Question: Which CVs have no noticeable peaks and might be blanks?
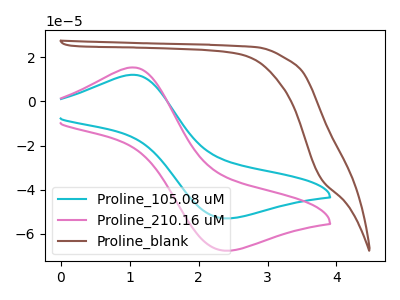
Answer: <think>The cyan curve "Proline_105.08 uM" has an anodic peak at (1.05V, 12.05uA) and a cathodic peak at (2.35V, -52.95uA). The pink curve "Proline_210.16 uM" has an anodic peak at (1.05V, 15.35uA) and a cathodic peak at (2.35V, -67.55uA). The brown curve "Proline_blank" has no peaks.</think>
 <answer>"Proline_blank" is likely to be a blank.</answer>
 <eval>Proline_blank</eval>